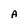
Character: A